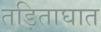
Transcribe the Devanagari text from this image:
तड़िताघात